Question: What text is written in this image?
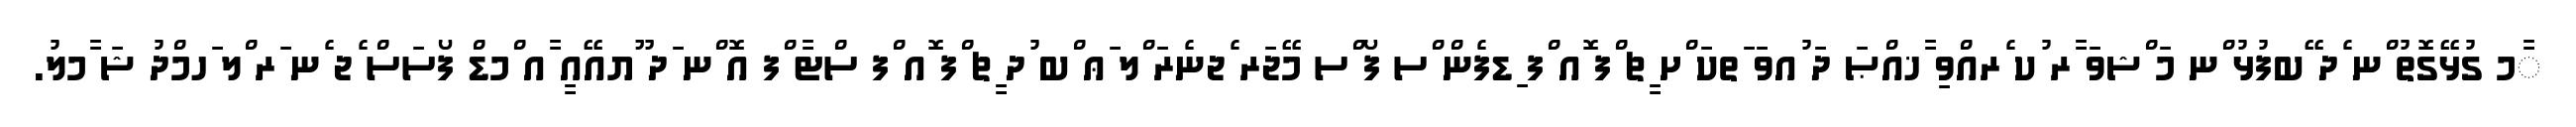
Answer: ާމ ގުޅޭގޮތު ްނ ެދ ޭބފުޅު ްނ މަ ްޝވަ ާރ ުކ ެރއްވި ާޚއްޞަ ދަ ުއވަ ަތކަ ްށ ީޗ ްފ ޮއ ްފ ިޑފެން ްސ ފޯ ްސ މޭޖަރ ެޖނެރަ ްލ ަޢ ްބ ުދ ީޗ ްފ ޮއ ްފ ސްޓާ ްފ އޮ ްނ ަދ ޫޔއޭއީ ާއ ްމޑް ފޯސަސް ެޖ ެނ ަރ ްލ ަހމްދު ޝަ ާމލު.